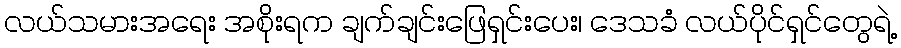
လယ်သမားအရေး အစိုးရက ချက်ချင်းဖြေရှင်းပေး၊ ဒေသခံ လယ်ပိုင်ရှင်တွေရဲ့